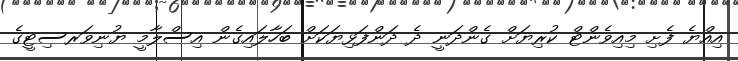
އިއްޔެ ފެށި މިއިވެންޓް ކުރިޔަށް ގެންދަނީ ދެ ދަންފަޅިޔަކަށް ބަހާލައިގެން އިސްލާމީ ޔުނިވަރސިޓީގެ